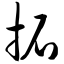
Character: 拓